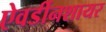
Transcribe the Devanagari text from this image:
ऐवर्डीनशायर